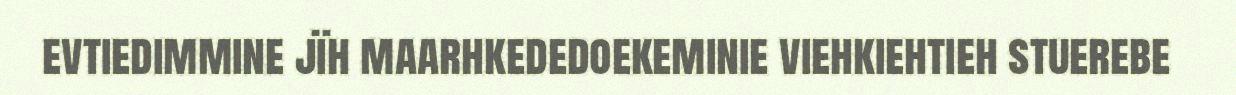
evtiedimmine jïh maarhkededoekeminie viehkiehtieh stuerebe